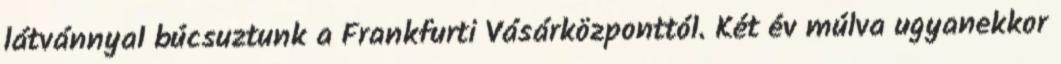
látvánnyal búcsuztunk a Frankfurti Vásárközponttól. Két év múlva ugyanekkor